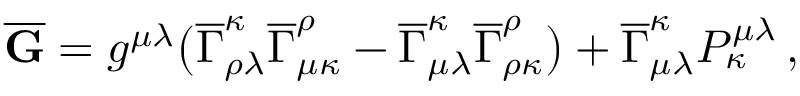
\begin{array} { r } { \overline { { \mathbf { G } } } = g ^ { \mu \lambda } \bigl ( \overline { { \Gamma } } _ { \rho \lambda } ^ { \kappa } \overline { { \Gamma } } _ { \mu \kappa } ^ { \rho } - \overline { { \Gamma } } _ { \mu \lambda } ^ { \kappa } \overline { { \Gamma } } _ { \rho \kappa } ^ { \rho } \bigr ) + \overline { { \Gamma } } _ { \mu \lambda } ^ { \kappa } P ^ { \mu \lambda } _ { \kappa } \, , } \end{array}